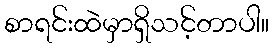
စာရင်းထဲမှာရှိသင့်တာပါ။